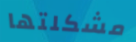
مشكلتها